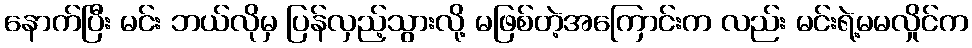
နောက်ပြီး မင်း ဘယ်လိုမှ ပြန်လှည့်သွားလို့ မဖြစ်တဲ့အကြောင်းက လည်း မင်းရဲ့မမလှိုင်က